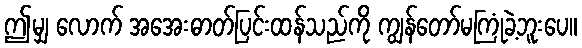
ဤမျှ လောက် အအေးဓာတ်ပြင်းထန်သည်ကို ကျွန်တော်မကြုံခဲ့ဘူးပေ။